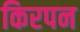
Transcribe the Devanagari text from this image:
किरपन